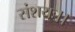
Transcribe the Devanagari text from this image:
संशयः।।